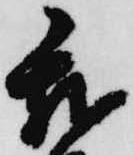
我